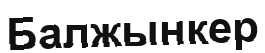
Балжынкер